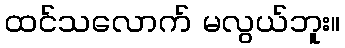
ထင်သလောက် မလွယ်ဘူး။